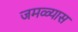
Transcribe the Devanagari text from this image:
जमळ्यास